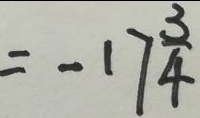
= - 1 7 \frac { 3 } { 4 }